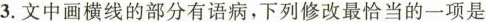
B.文中画线的部分有语病，下列修改最恰当的一项是